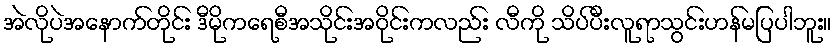
အဲလိုပဲအနောက်တိုင်း ဒီမိုကရေစီအသိုင်းအဝိုင်းကလည်း လီကို သိပ်ပီးလူရာသွင်းဟန်မပြပါဘူး။